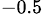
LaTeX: ^{-0.5}